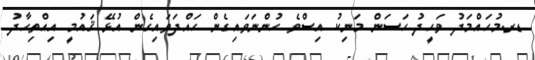
ޑރ.މުހައްމަދު ވަހީދު ހަސަން މަނިކު އިސްވެ ހުންނަވައިގެން ހައްދަވައިގެން އުޅޭ ޤައުމީ އިއްތިހާދު